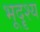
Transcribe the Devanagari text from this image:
भूदॄश्य